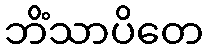
ဘိံသာပိတေ